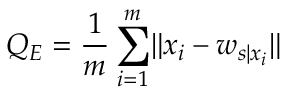
Q _ { E } = \frac { 1 } { m } \sum _ { i = 1 } ^ { m } \lVert \boldsymbol { x } _ { i } - \boldsymbol { w } _ { s | \boldsymbol { x } _ { i } } \rVert